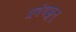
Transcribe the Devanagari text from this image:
प्रबंधक्कूत्तु